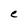
Character: C